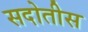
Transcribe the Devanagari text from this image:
सदोतीस